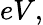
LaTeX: eV,